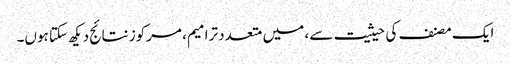
ایک مصنف کی حیثیت سے ، میں متعدد ترامیم ، مرکوز نتائج دیکھ سکتا ہوں۔